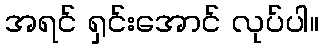
အရင် ရှင်းအောင် လုပ်ပါ။